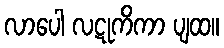
လာပေါ လဋုကိကာ ပျထ။